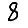
Digit: 8